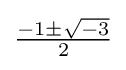
\textstyle {\frac {-1\pm {\sqrt {-3}}}{2}}